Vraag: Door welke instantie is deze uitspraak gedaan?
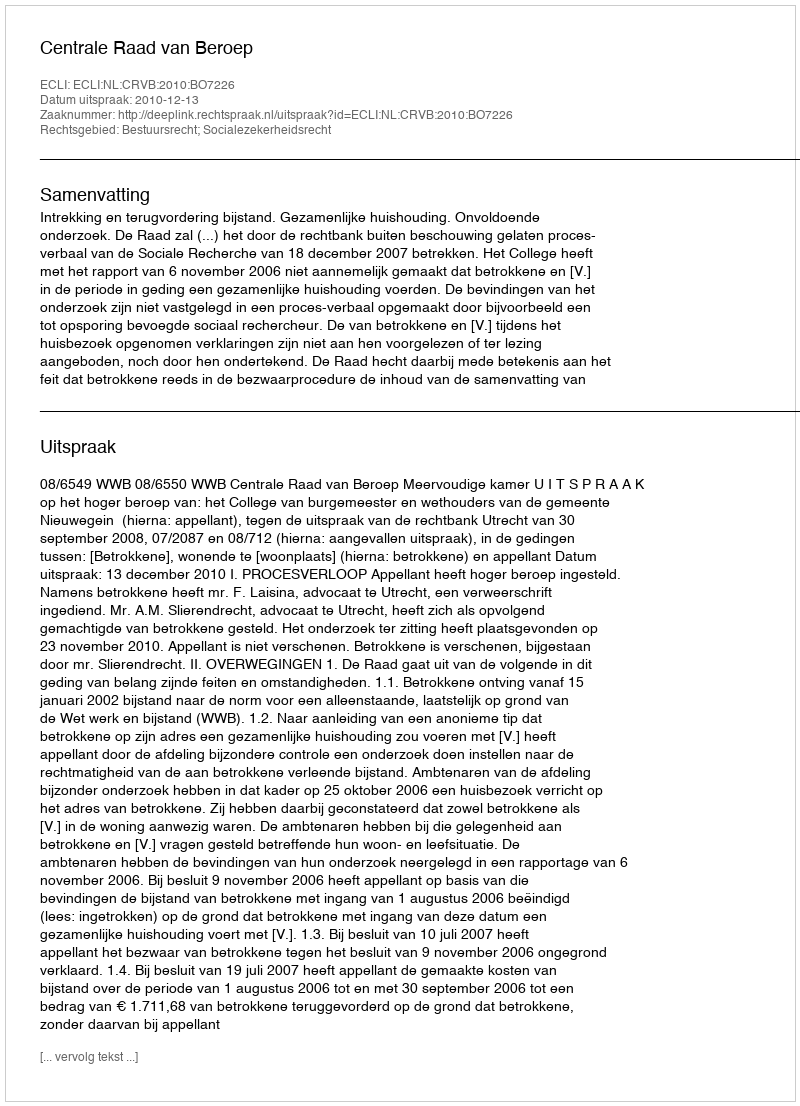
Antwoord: Centrale Raad van Beroep